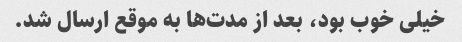
خیلی خوب بود، بعد از مدت‌ها به موقع ارسال شد.